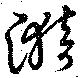
漪